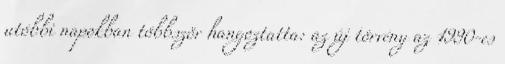
utóbbi napokban többször hangoztatta: az új törvény az 1990-es